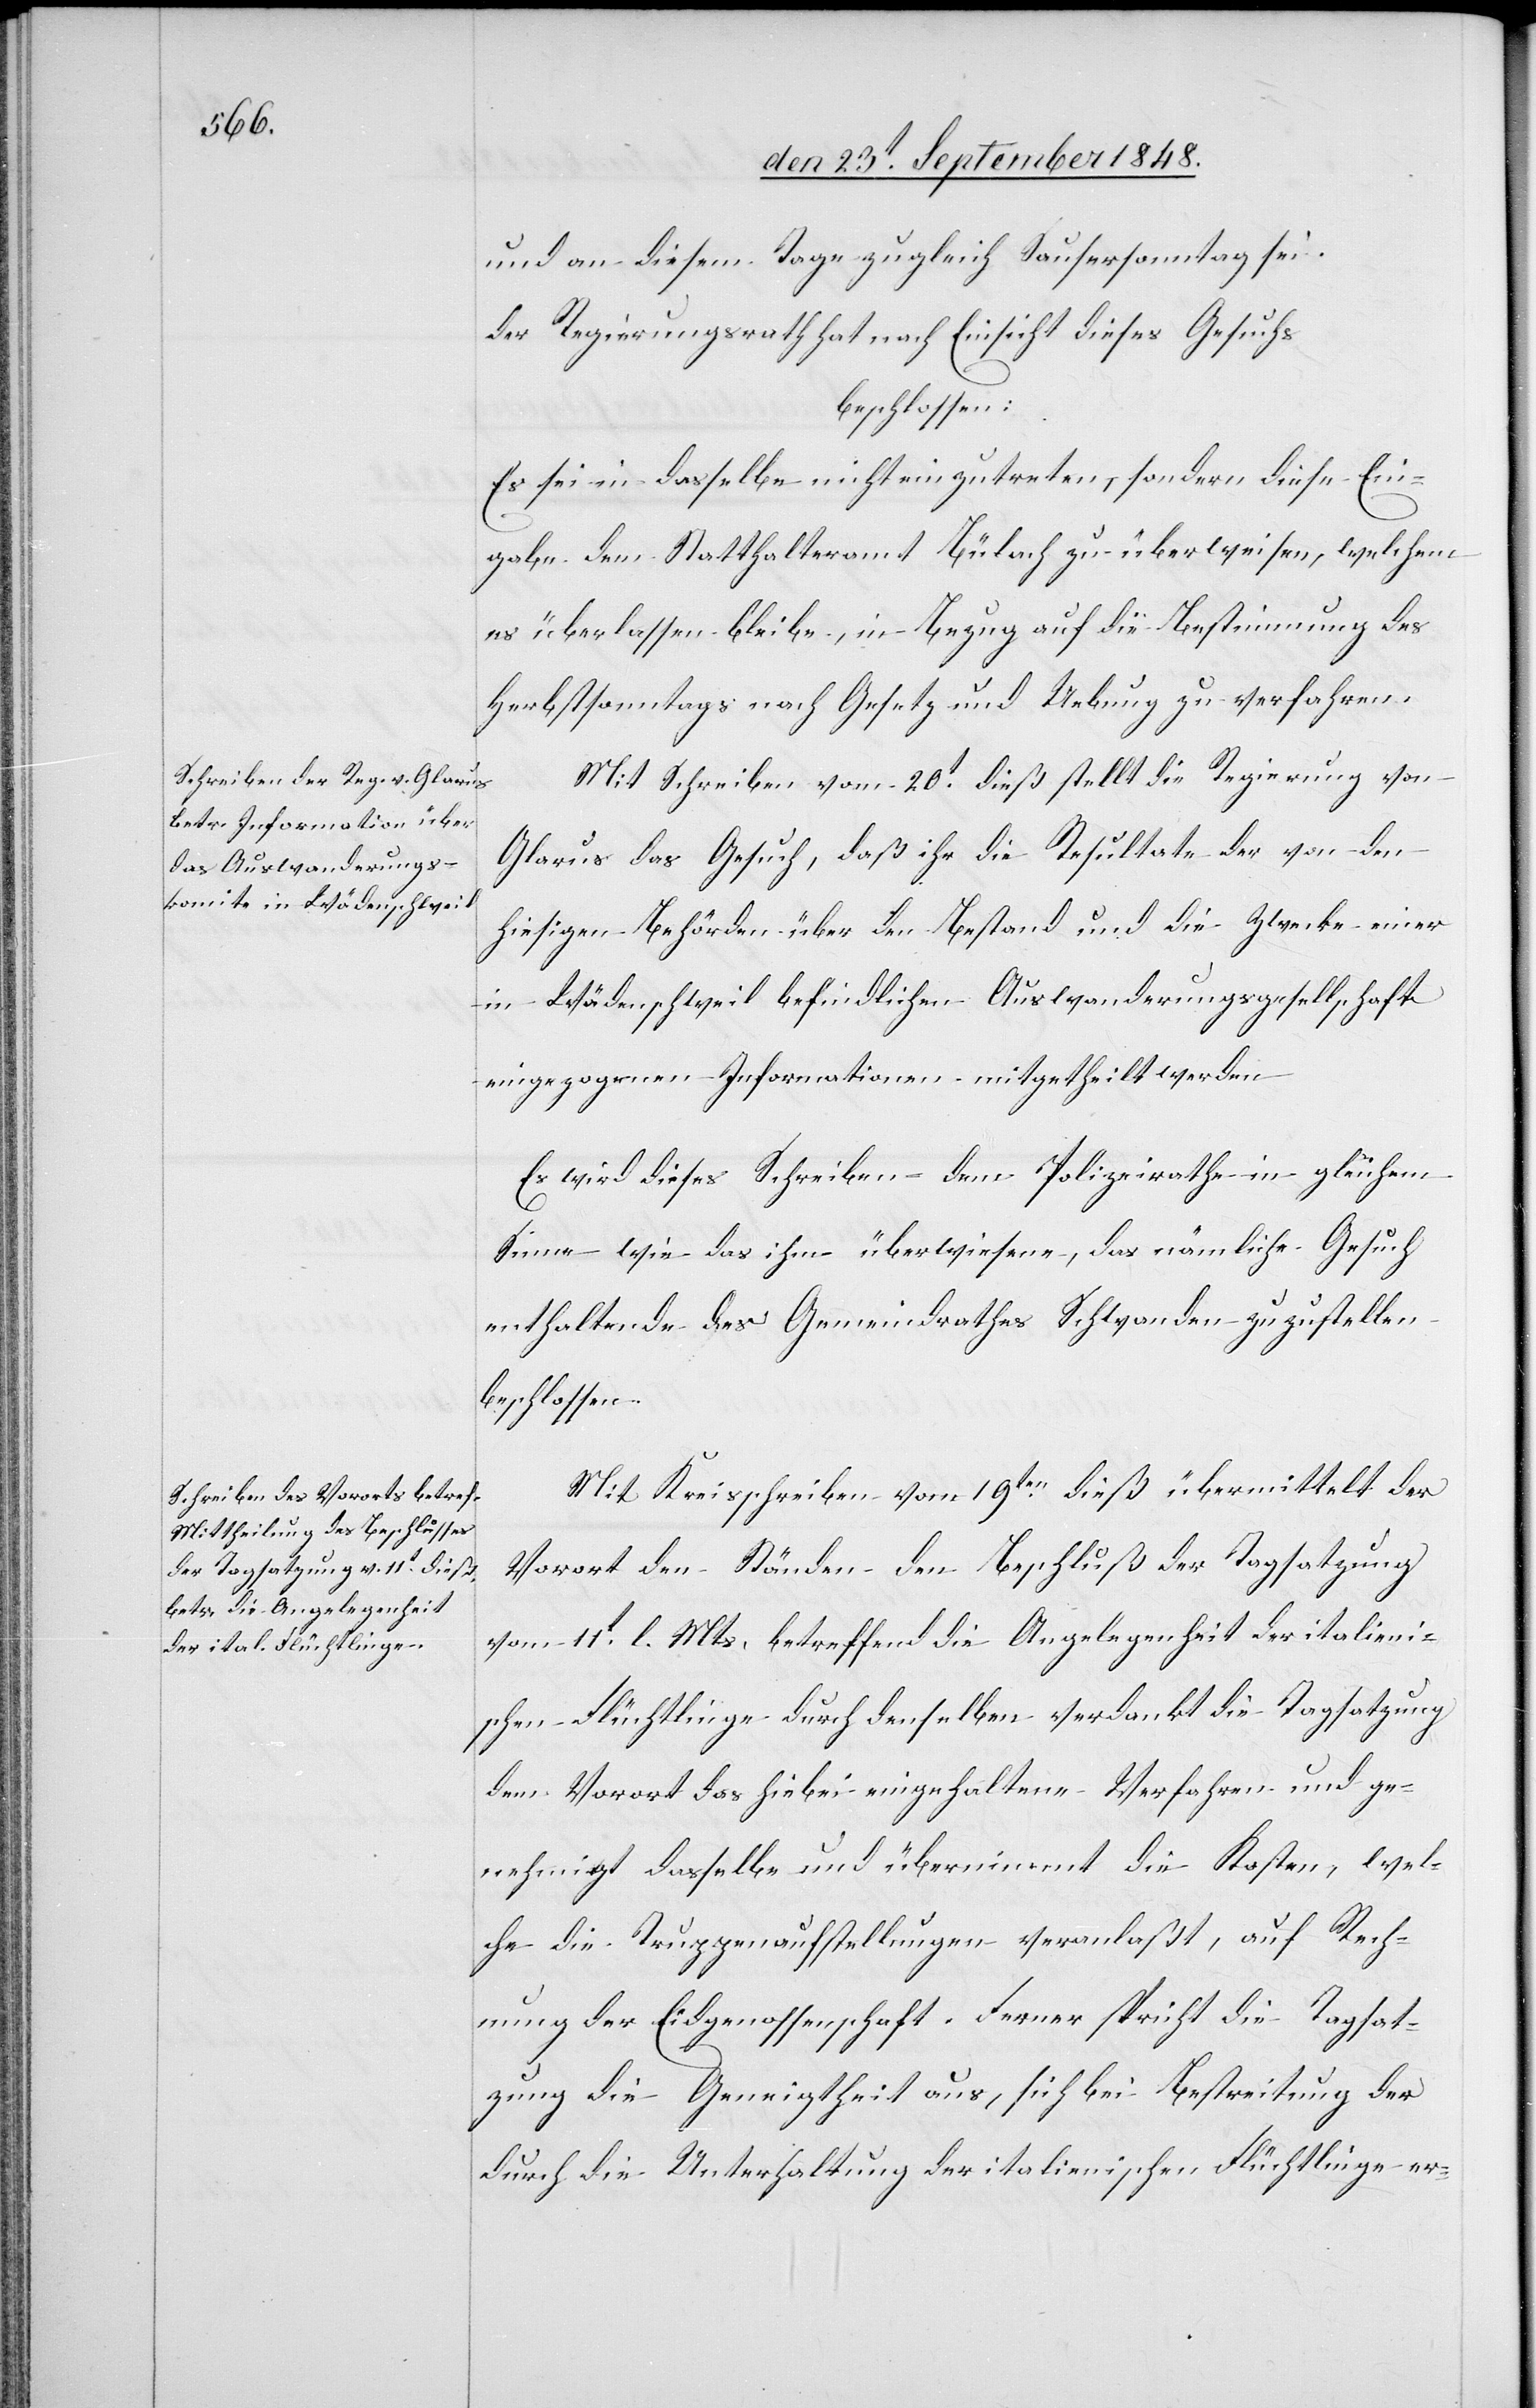
und an diesem Tage zugleich Sausersonntag sei.
der Regierungsrath hat nach Einsicht dieses Gesuchs
beschlossen:
Es sei in dasselbe nicht einzutreten, sondern diese Ein¬
gabe dem Statthalteramt Bülach zu überweisen, welchem
es überlassen bleibe, in Bezug auf die Bestimmung des
Herbstsonntags nach Gesetz und Uebung zu verfahren.
Mit Schreiben vom 20t dieß stellt die Regierung von
Glarus das Gesuch, daß ihr die Resultate der von den
hiesigen Behörden über den Bestand und die Zwecke einer
in Wädenschweil befindlichen Auswanderungsgesellschaft
eingezogenen Informationen mitgetheilt werden.
Es wird dieses Schreiben dem Polizeirathe in gleichem
Sinne wie das ihm überwiesene, das nämliche Gesuch
enthaltende des Gemeindrathes Schwanden zuzustellen
beschlossen.
Mit Kreisschreiben vom 19ten dieß übermittelt der
Vorort den Ständen den Beschluß der Tagsatzung
vom 11t l. Mts. betreffend die Angelegenheit der italieni¬
schen Flüchtlinge durch denselben verdankt die Tagsatzung
dem Vorort das hiebei eingehaltene Verfahren und ge¬
nehmigt dasselbe und übernimmt die Kosten, wel¬
che die Truppenaufstellungen veranlaßt, auf Rech¬
nung der Eidgenossenschaft. Ferner spricht die Tagsat¬
zung die Geneigtheit aus, sich bei Bestreitung der
durch die Unterhaltung der italienischen Flüchtlinge er-